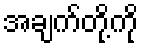
အချက်တို့ကို